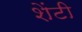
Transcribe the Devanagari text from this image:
शेंटी